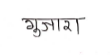
मजकूर: गुजारा